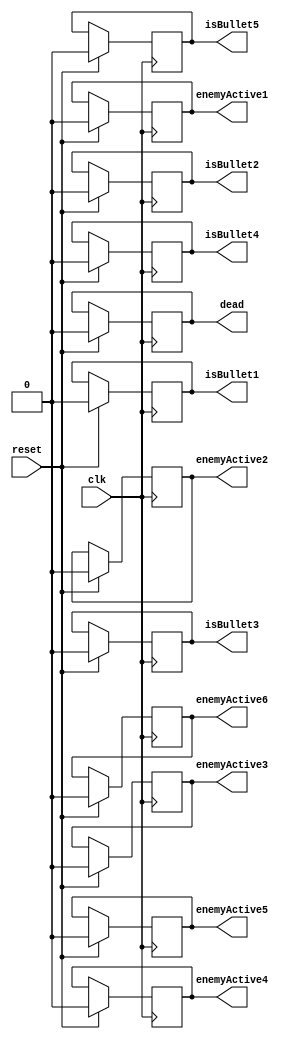
module reset(
    input reset,
	 input clk,
	output reg dead,
	output reg isBullet1,
	output reg isBullet2,
	output reg isBullet3,
	output reg isBullet4,
	output reg isBullet5,
	output reg enemyActive1,
	output reg enemyActive2,
	output reg enemyActive3,
	output reg enemyActive4,
	output reg enemyActive5,
	output reg enemyActive6
	 
    );
always @ (posedge clk)
begin
	if(reset==1)
	begin
	dead=1'b0;
	isBullet1<=1'b0;
	isBullet2<=1'b0;
	isBullet3<=1'b0;
	isBullet4<=1'b0;
	isBullet5<=1'b0;
	enemyActive1<=1'b0;
	enemyActive2<=1'b0;
	enemyActive3<=1'b0;
	enemyActive4<=1'b0;
	enemyActive5<=1'b0;
	enemyActive6<=1'b0;

	end
end

endmodule